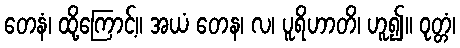
တေနံ၊ ထို့ကြောင့်။ အယံ တေန၊ လ၊ ပူရိဟာတိ၊ ဟူ၍။ ဝုတ္တံ၊